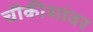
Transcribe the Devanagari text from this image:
चौकीशांवर